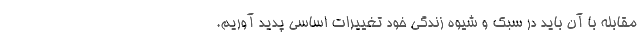
مقابله با آن باید در سبک و شیوه زندگی خود تغییرات اساسی پدید آوریم.